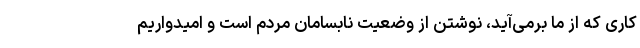
کاری که از ما برمی‌آید، نوشتن از وضعیت نابسامان مردم است و امیدواریم